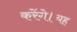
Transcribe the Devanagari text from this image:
करेंगे।यह